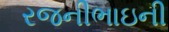
રજનીભાઇની